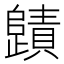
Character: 𭭻